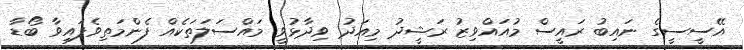
އޭސީސީގެ ނައިބު ރައީސް މުއައްވިޒު ރަޝީދު މިއަދު ވިދާޅުވީ މައްސަލަތަކެއް ފެންމަތިވެފައިވާ ބޯޑާ